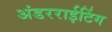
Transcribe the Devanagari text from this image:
अंडरराईटिंग